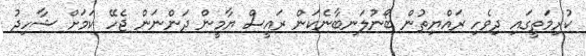
ކުރިމަތީގައި ދިވެހި ރައްޔިތުން ބޯނުލަނބާނެކަން ރައީސް ޔާމީން ދަންނަން ޖެހޭ ކަމަށް ޝާހިދު